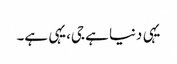
یہی دنیا ہے جی،یہی ہے۔